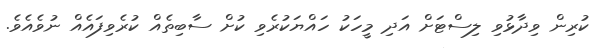
ކުރިން ވިދާޅުވި ލިސްޓަށް އަދި މީހަކު ހައްޔަކުރެވި ކުށް ސާބިތެއް ކުރެވިފައެއް ނުވެއެވެ.